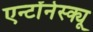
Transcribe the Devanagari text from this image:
एन्टोंनेस्क्यू